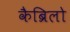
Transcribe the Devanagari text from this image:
कैब्रिलो